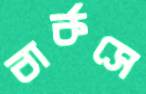
বার্কসে